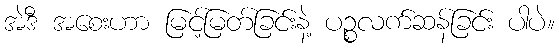
အဲဒီ အစေးဟာ မြင့်မြတ်ခြင်းနဲ့ ပဉ္စလက်ဆန်ခြင်း ပါပဲ။